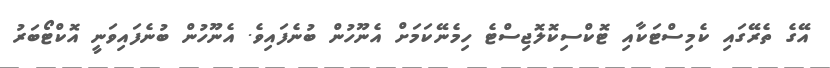
އޭގެ ތެރޭގައި ކެމިސްޓަކާއި ޓޮކްސިކޮލޮޖިސްޓެ ހިމެނޭކަމަށް އެނޫހުން ބުނެފައިވެ. އެނޫހުން ބުނެފައިވަނީ އޮކްޓޯބަރު